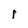
Character: I